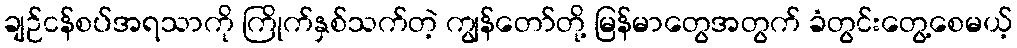
ချဉ်ငန်စပ်အရသာကို ကြိုက်နှစ်သက်တဲ့ ကျွန်တော်တို့ မြန်မာတွေအတွက် ခံတွင်းတွေ့စေမယ့်